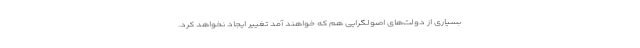
بسیاری از دولت‌های اصولگرایی هم که خواهند آمد تغییر ایجاد نخواهد کرد.